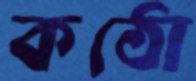
কঠো